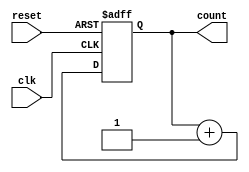
module synchronous_counter(
    input wire clk,
    input wire reset,
    output reg [3:0] count
);

reg [3:0] next_count;

always @(posedge clk or posedge reset) begin
    if (reset) begin
        count <= 4'b0000;
    end else begin
        count <= next_count;
    end
end

always @(*) begin
    next_count = count + 1;
end

endmodule